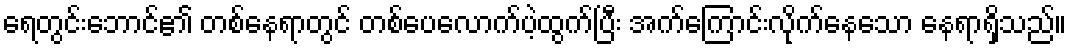
ရေတွင်းဘောင်၏ တစ်နေရာတွင် တစ်ပေလောက်ပဲ့ထွက်ပြီး အက်ကြောင်းလိုက်နေသော နေရာရှိသည်။